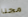
مجنا